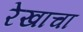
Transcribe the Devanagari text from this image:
रेखाचा